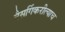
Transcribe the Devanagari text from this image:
नैसर्गिकरीत्याच